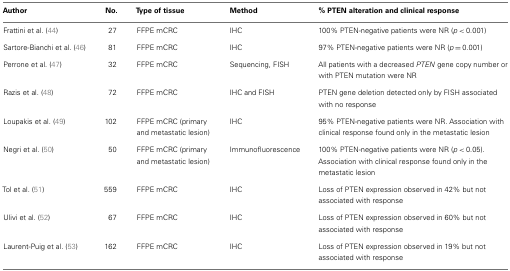
<table><thead><tr><td><b>Author</b></td><td><b>No.</b></td><td><b>Type of tissue</b></td><td><b>Method</b></td><td><b>% PTEN alteration and clinical response</b></td></tr></thead><tbody><tr><td>Frattini et al. (44)</td><td>27</td><td>FFPE mCRC</td><td>IHC</td><td>100% PTEN-negative patients were NR (<i>p</i> &lt; 0.001)</td></tr><tr><td>Sartore-Bianchi et al. (46)</td><td>81</td><td>FFPE mCRC</td><td>IHC</td><td>97% PTEN-negative patients were NR (<i>p</i> = 0.001)</td></tr><tr><td>Perrone et al. (47)</td><td>32</td><td>FFPE mCRC</td><td>Sequencing, FISH</td><td>All patients with a decreased <i>PTEN</i> gene copy number or with PTEN mutation were NR</td></tr><tr><td>Razis et al. (48)</td><td>72</td><td>FFPE mCRC</td><td>IHC and FISH</td><td>PTEN gene deletion detected only by FISH associated with no response</td></tr><tr><td>Loupakis et al. (49)</td><td>102</td><td>FFPE mCRC (primary and metastatic lesion)</td><td>IHC</td><td>95% PTEN-negative patients were NR. Association with clinical response found only in the metastatic lesion</td></tr><tr><td>Negri et al. (50)</td><td>50</td><td>FFPE mCRC (primary and metastatic lesion)</td><td>Immunofluorescence</td><td>100% PTEN-negative patients were NR (<i>p</i> &lt; 0.05). Association with clinical response found only in the metastatic lesion</td></tr><tr><td>Tol et al. (51)</td><td>559</td><td>FFPE mCRC</td><td>IHC</td><td>Loss of PTEN expression observed in 42% but not associated with response</td></tr><tr><td>Ulivi et al. (52)</td><td>67</td><td>FFPE mCRC</td><td>IHC</td><td>Loss of PTEN expression observed in 60% but not associated with response</td></tr><tr><td>Laurent-Puig et al. (53)</td><td>162</td><td>FFPE mCRC</td><td>IHC</td><td>Loss of PTEN expression observed in 19% but not associated with response</td></tr></tbody></table>